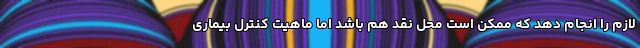
لازم را انجام دهد که ممکن است محل نقد هم باشد اما ماهیت کنترل بیماری